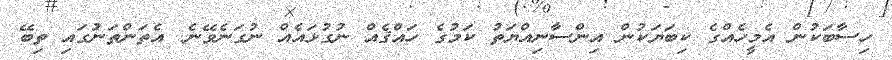
ހިސާބަކުން އެމީހެއްގެ ކިބަޔަކުން އިންސާނިއްޔަތު ކަމުގެ ހައްޤެއް ނުގުޅައެއް ނުގަނެވޭނެ. އެތަންތަނުގައި ތިބޭ